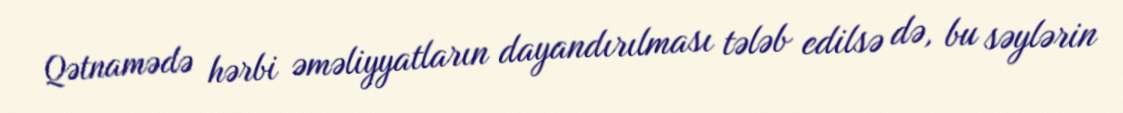
Qətnamədə hərbi əməliyyatların dayandırılması tələb edilsə də, bu səylərin